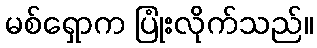
မစ်ရှောက ပြုံးလိုက်သည်။